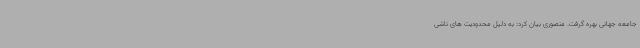
جامعه جهانی بهره گرفت‌. منصوری بیان کرد: به دلیل محدودیت های ناشی